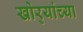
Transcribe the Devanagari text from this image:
खोर्‍यांच्या